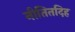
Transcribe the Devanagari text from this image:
नीतितदिह